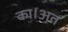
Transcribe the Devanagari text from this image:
का।अत